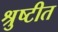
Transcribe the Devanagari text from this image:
श्रुष्टीत